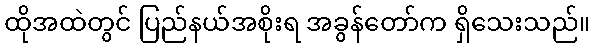
ထိုအထဲတွင် ပြည်နယ်အစိုးရ အခွန်တော်က ရှိသေးသည်။